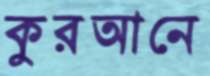
কুরআনে